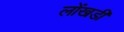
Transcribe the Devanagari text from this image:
लोंखडी